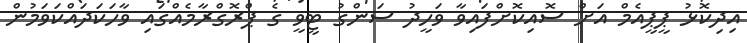
އިދިކޮޅު ޕީޕީއެމް އަށް ސޮއިކޮށްފައިވާ ވަހީދު ސަންގު ޓީވީ ގެ ޕްރޮގްރާމެއްގައި ވާހަކަދައްކަވަމުން